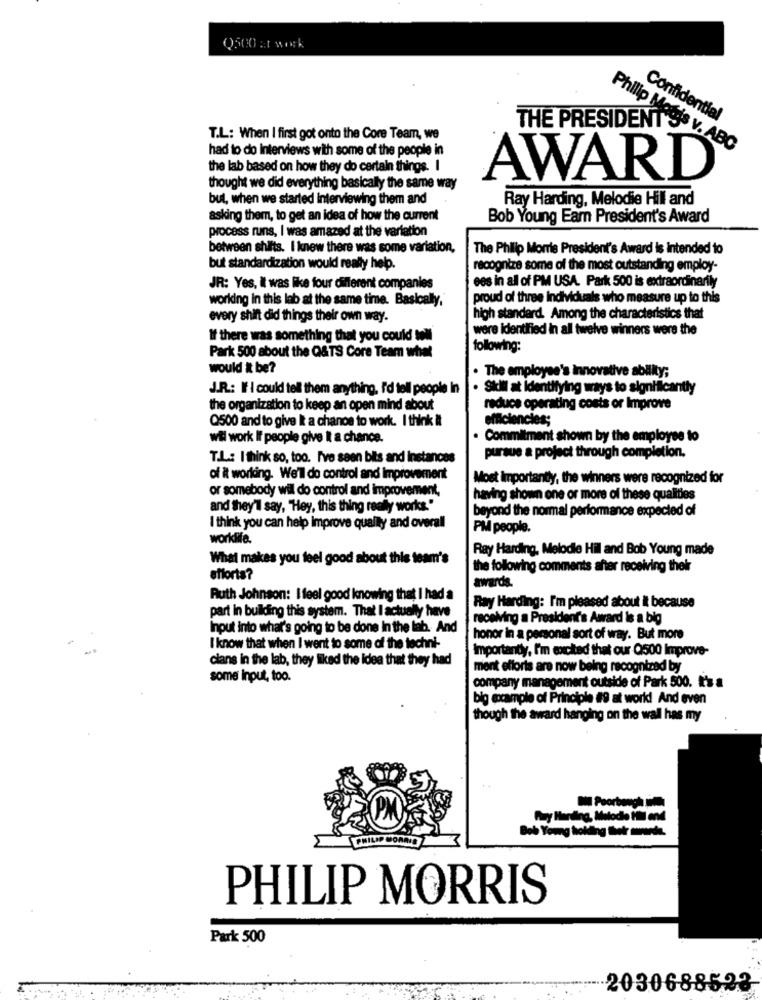
Q500 at work
Confidential
THE PRESIDENT
T.L: When I first got onto the Core Team, we
had to do Interviews with some of the people in
Philip Mobis v. ABC
the lab based on how they do certain things. I
AWARD
thought we did everything basically the same way
but, when we started interviewing them and
Ray Harding, Melodie Hill and
asking them, to get an idea of how the current
Bob Young Earn President's Award
process runs, I was amazed at the variation
between shifts. I knew there was some variation,
The Philip Morris President's Award is intended to
but standardization would really help.
recognize some of the most outstanding employ-
ees in all of PM USA. Park 500 is extraordinarily
JR: Yes, it was like four different companies
working in this lab at the same time. Basically,
proud of three Individuals who measure up to this
every shift did things their own way.
high standard. Among the characteristics that
were identified in all twelve winners were the
If there was something that you could
following:
Park 500 about the Q&TS Core Team whet
would it be?
. The employee's innovative ability;
J.R .: If I could tell them anything, i'd tell people in
Skill at identifying ways to significantly
the organization to keep an open mind about
reduce operating costs or Improve
Q500 and to give It a chance to work. I think it
efficiencies;
wil work If people give it a chance.
. Commitment shown by the employee to
T.L .: I think so, too. I've seen bits and instances
pursue a project through completion.
of it working. We'l do control and improvement
Most importantly, the winners were recognized for
or somebody will do control and improvement,
having shown one or more of these qualities
and they'll say, "Hey, this thing really works."
beyond the normal performance expected of
I think you can help improve qually and overall
PM people.
worklife.
Ray Harding, Melodie Hil and Bob Young made
What makes you feel good about this team's
the following comments after receiving thekr
efforts?
awards.
Ruth Johnson: I feel good knowing that I had a
Ray Harding: I'm pleased about it because
part in building this system. That I actually have
receiving a President's Award is a big
Input into what's going to be done In the lab. And
honor in a personal sort of way. But more
I know that when I went to some of the techni-
Importanty, I'm excited that our Q500 Improve-
clans in the lab, they liked the idea that they had
ment efforts are now being recognized by
some Input, too.
company management outside of Park 500. I'm a
big example of Principle #9 at world! And even
though the award hanging on the wall has my
PHILIP MORRIS
Park 500
2030688523